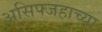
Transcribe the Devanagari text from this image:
असिफ्जहाच्या